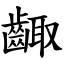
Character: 齱